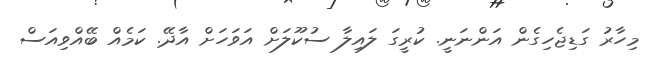
މިހާރު ގަޑިޖެހިގެން އަންނަނީ. ކުރީގަ ލައިލާ ސުކޫލަށް އަވަހަށް އާދޭ. ކަމެއް ބޭއްވިއަސް